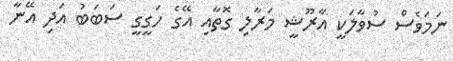
ނަމަވެސް ސުވާލަކީ އާރޫޝީ މަރާލި ގޮތާއި އޭގެ ހަގީގީ ސަބަބު އަދި އޭނާ